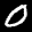
Label: 0